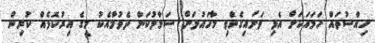
ހިއްސުތައް ހަމައަކަށް އެޅި ވަށައިގެންވި މާހައުލަށް ސަމާލުކަން ދެވުމާއެކު މީގެ އިރުކޮޅެއް ކުރިން